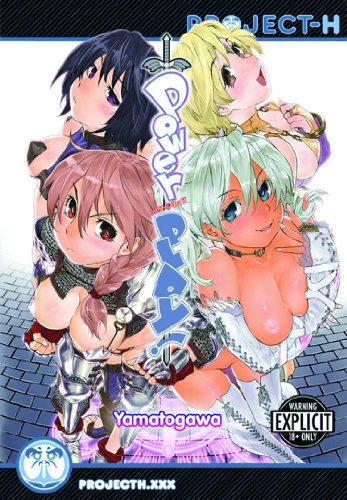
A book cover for Power Play! (Hentai Manga); Yamatogawa; Comics & Graphic Novels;